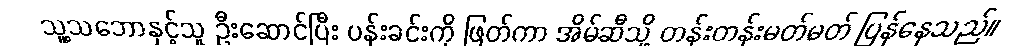
သူ့သဘောနှင့်သူ ဦးဆောင်ပြီး ပန်းခင်းကို ဖြတ်ကာ အိမ်ဆီသို့ တန်းတန်းမတ်မတ် ပြန်နေသည်။